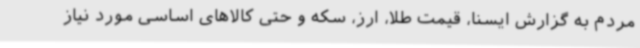
مردم به گزارش ایسنا، قیمت طلا، ارز، سکه و حتی کالاهای اساسی مورد نیاز